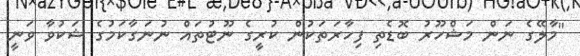
"މާލޭގެ ނަން މަޝްހޫރު ބޮޑެތި ފިހާރަތަކުން ކުރީގެ ނޫޓުތައް ނުނަގާކަމުގެ ޝަކުވާ ވަނީ